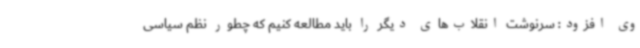
وی افزود: سرنوشت انقلاب‌های دیگر را باید مطالعه کنیم که چطور نظم سیاسی